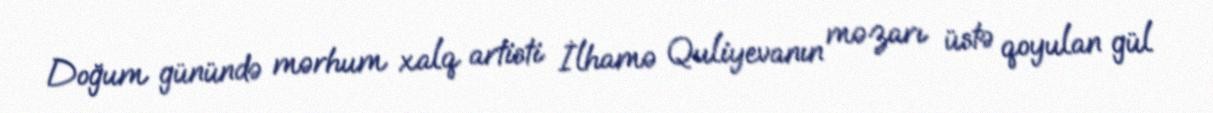
Doğum günündə mərhum xalq artisti İlhamə Quliyevanın məzarı üstə qoyulan gül